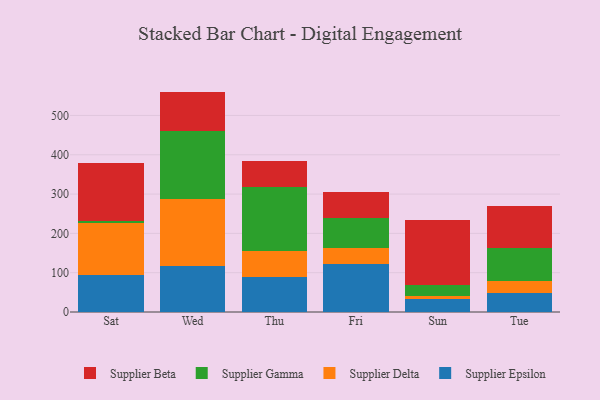
{"axis": {"x": "Day", "y": "Energy Usage (MWh)"}, "legend": ["Supplier Beta", "Supplier Delta", "Supplier Epsilon", "Supplier Gamma"], "data": [{"x": "Sat", "y": 93.1, "type": "Supplier Epsilon"}, {"x": "Sat", "y": 132.8, "type": "Supplier Delta"}, {"x": "Sat", "y": 5.4, "type": "Supplier Gamma"}, {"x": "Sat", "y": 148.3, "type": "Supplier Beta"}, {"x": "Wed", "y": 117.8, "type": "Supplier Epsilon"}, {"x": "Wed", "y": 168.8, "type": "Supplier Delta"}, {"x": "Wed", "y": 174.8, "type": "Supplier Gamma"}, {"x": "Wed", "y": 99.3, "type": "Supplier Beta"}, {"x": "Thu", "y": 87.9, "type": "Supplier Epsilon"}, {"x": "Thu", "y": 66.6, "type": "Supplier Delta"}, {"x": "Thu", "y": 164.3, "type": "Supplier Gamma"}, {"x": "Thu", "y": 65.2, "type": "Supplier Beta"}, {"x": "Fri", "y": 120.9, "type": "Supplier Epsilon"}, {"x": "Fri", "y": 42.7, "type": "Supplier Delta"}, {"x": "Fri", "y": 75.5, "type": "Supplier Gamma"}, {"x": "Fri", "y": 66.5, "type": "Supplier Beta"}, {"x": "Sun", "y": 32.8, "type": "Supplier Epsilon"}, {"x": "Sun", "y": 8.2, "type": "Supplier Delta"}, {"x": "Sun", "y": 28.5, "type": "Supplier Gamma"}, {"x": "Sun", "y": 165.0, "type": "Supplier Beta"}, {"x": "Tue", "y": 48.9, "type": "Supplier Epsilon"}, {"x": "Tue", "y": 31.1, "type": "Supplier Delta"}, {"x": "Tue", "y": 83.2, "type": "Supplier Gamma"}, {"x": "Tue", "y": 107.7, "type": "Supplier Beta"}]}